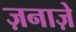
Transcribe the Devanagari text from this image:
ज़नाज़े